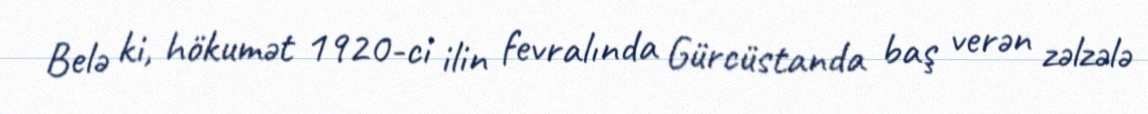
Belə ki, hökumət 1920-ci ilin fevralında Gürcüstanda baş verən zəlzələ